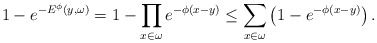
\begin{align*}1-e^{-E^\phi\left( y,\omega \right) }=1-\prod\limits_{x\in \omega}e^{-\phi \left( x-y\right) }\leq \sum_{x\in \omega }\left(1-e^{-\phi \left( x-y\right) }\right).\end{align*}